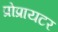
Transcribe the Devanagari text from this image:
प्रोप्रायटर